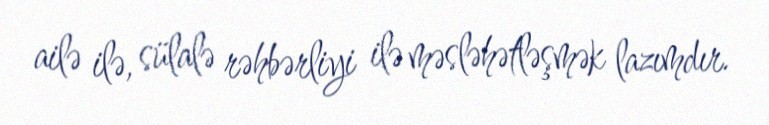
ailə ilə, sülalə rəhbərliyi ilə məsləhətləşmək lazımdır.